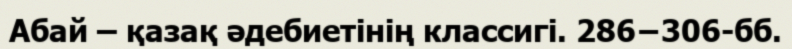
Абай – қазақ әдебиетінің классигі. 286−306-бб.